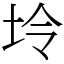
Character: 坽